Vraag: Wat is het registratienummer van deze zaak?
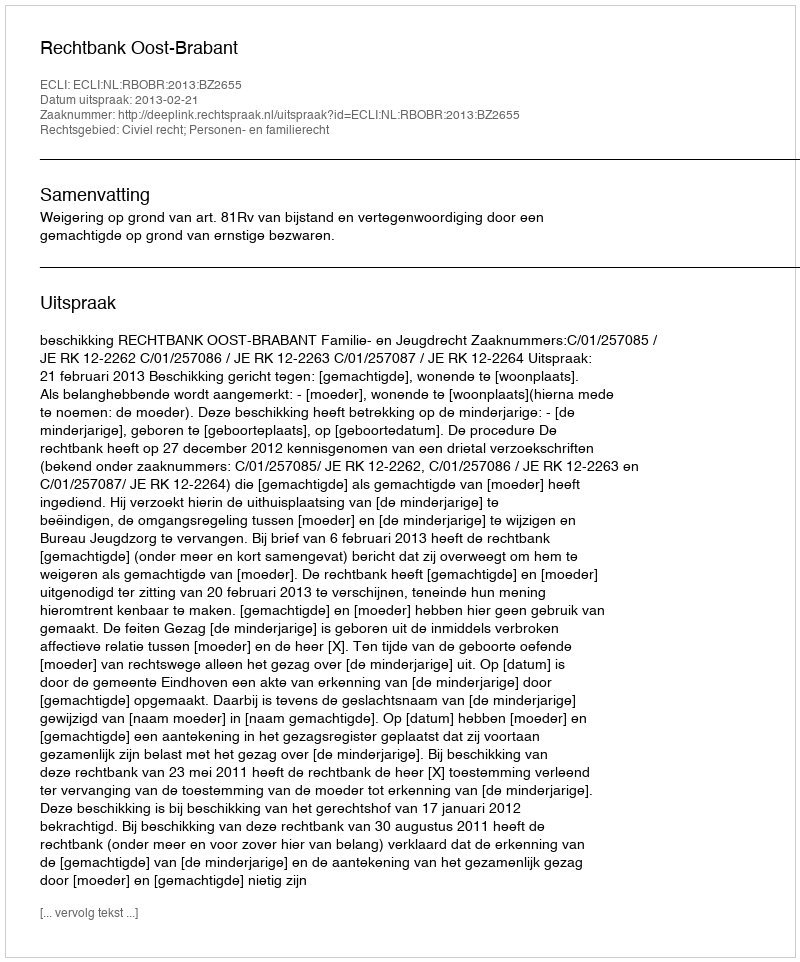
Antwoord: http://deeplink.rechtspraak.nl/uitspraak?id=ECLI:NL:RBOBR:2013:BZ2655